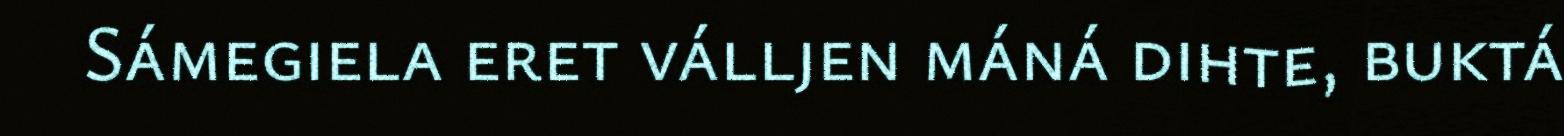
Sámegiela eret válljen máná dihte, buktá